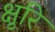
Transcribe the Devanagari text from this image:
क्षुरि